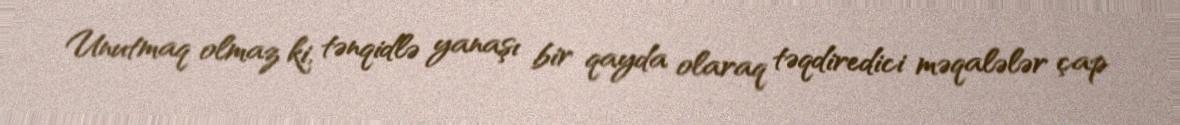
Unutmaq olmaz ki, tənqidlə yanaşı bir qayda olaraq təqdiredici məqalələr çap